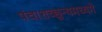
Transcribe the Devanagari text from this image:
पंचाशच्छून्यमध्यगे